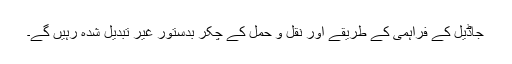
جاڈیل کے فراہمی کے طریقے اور نقل و حمل کے چکر بدستور غیر تبدیل شدہ رہیں گے۔